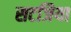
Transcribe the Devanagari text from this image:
सटजिया